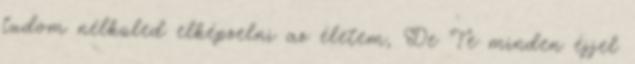
tudom nélküled elképzelni az életem, De Te minden éjjel